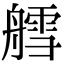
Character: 艝